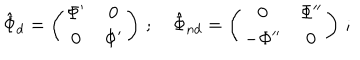
\hat { \Phi } _ { d } = \left( \begin{array} { c c c } { { \Phi ^ { \prime } } } & { { 0 } } \\ { { 0 } } & { { \Phi ^ { \prime } } } \\ \end{array} \right) \, ; \, \, \, \, \, \, \hat { \Phi } _ { n d } = \left( \begin{array} { c c c } { { 0 } } & { { \Phi ^ { \prime \prime } } } \\ { { - \Phi ^ { \prime \prime } } } & { { 0 } } \\ \end{array} \right) \, ;